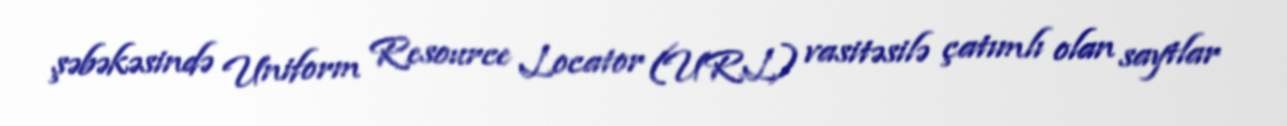
şəbəkəsində Uniform Resource Locator (URL) vasitəsilə çatımlı olan saytlar